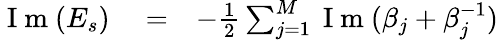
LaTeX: \begin{array}{rlr}{\mathrm{~I~m~}(E_{s})}&{{}=}&{-\frac{1}{2}\sum_{j=1}^{M}\mathrm{~I~m~}(\beta_{j}+\beta_{j}^{-1})}\end{array}